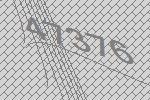
47376